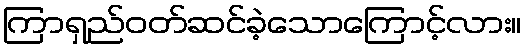
ကြာရှည်ဝတ်ဆင်ခဲ့သောကြောင့်လား။